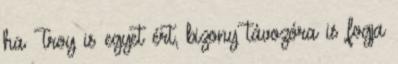
ha Troy is egyet ért, bizony távozóra is fogja